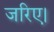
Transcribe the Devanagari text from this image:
जरिए।